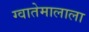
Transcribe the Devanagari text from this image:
ग्वातेमालाला